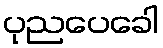
ပုညပေခေါ